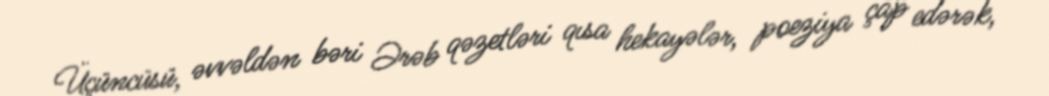
Üçüncüsü, əvvəldən bəri Ərəb qəzetləri qısa hekayələr, poeziya çap edərək,